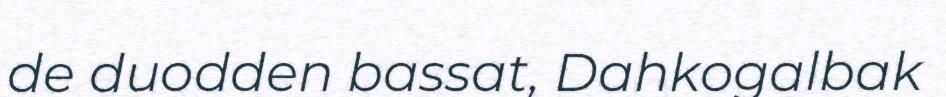
de duodden bassat, Dahkogalbak